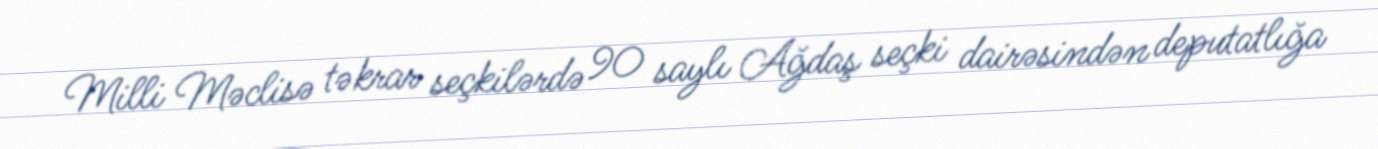
Milli Məclisə təkrar seçkilərdə 90 saylı Ağdaş seçki dairəsindən deputatlığa